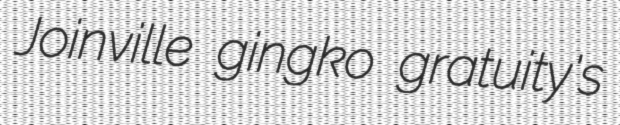
Joinville gingko gratuity's